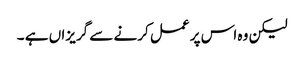
لیکن وہ اس پر عمل کرنے سے گریزاں ہے ۔